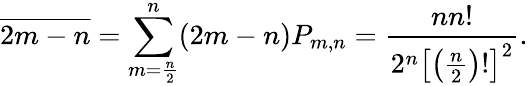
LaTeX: {\overline{{2m-n}}}=\sum_{m={\frac{n}{2}}}^{n}(2m-n)P_{m,n}={\frac{nn!}{2^{n}\left[\left({\frac{n}{2}}\right)!\right]^{2}}}.